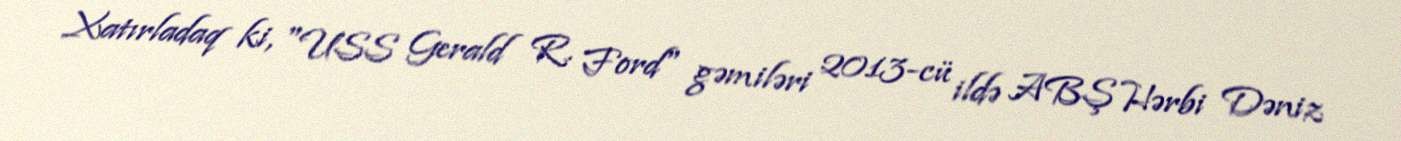
Xatırladaq ki, "USS Gerald R. Ford" gəmiləri 2013-cü ildə ABŞ Hərbi Dəniz